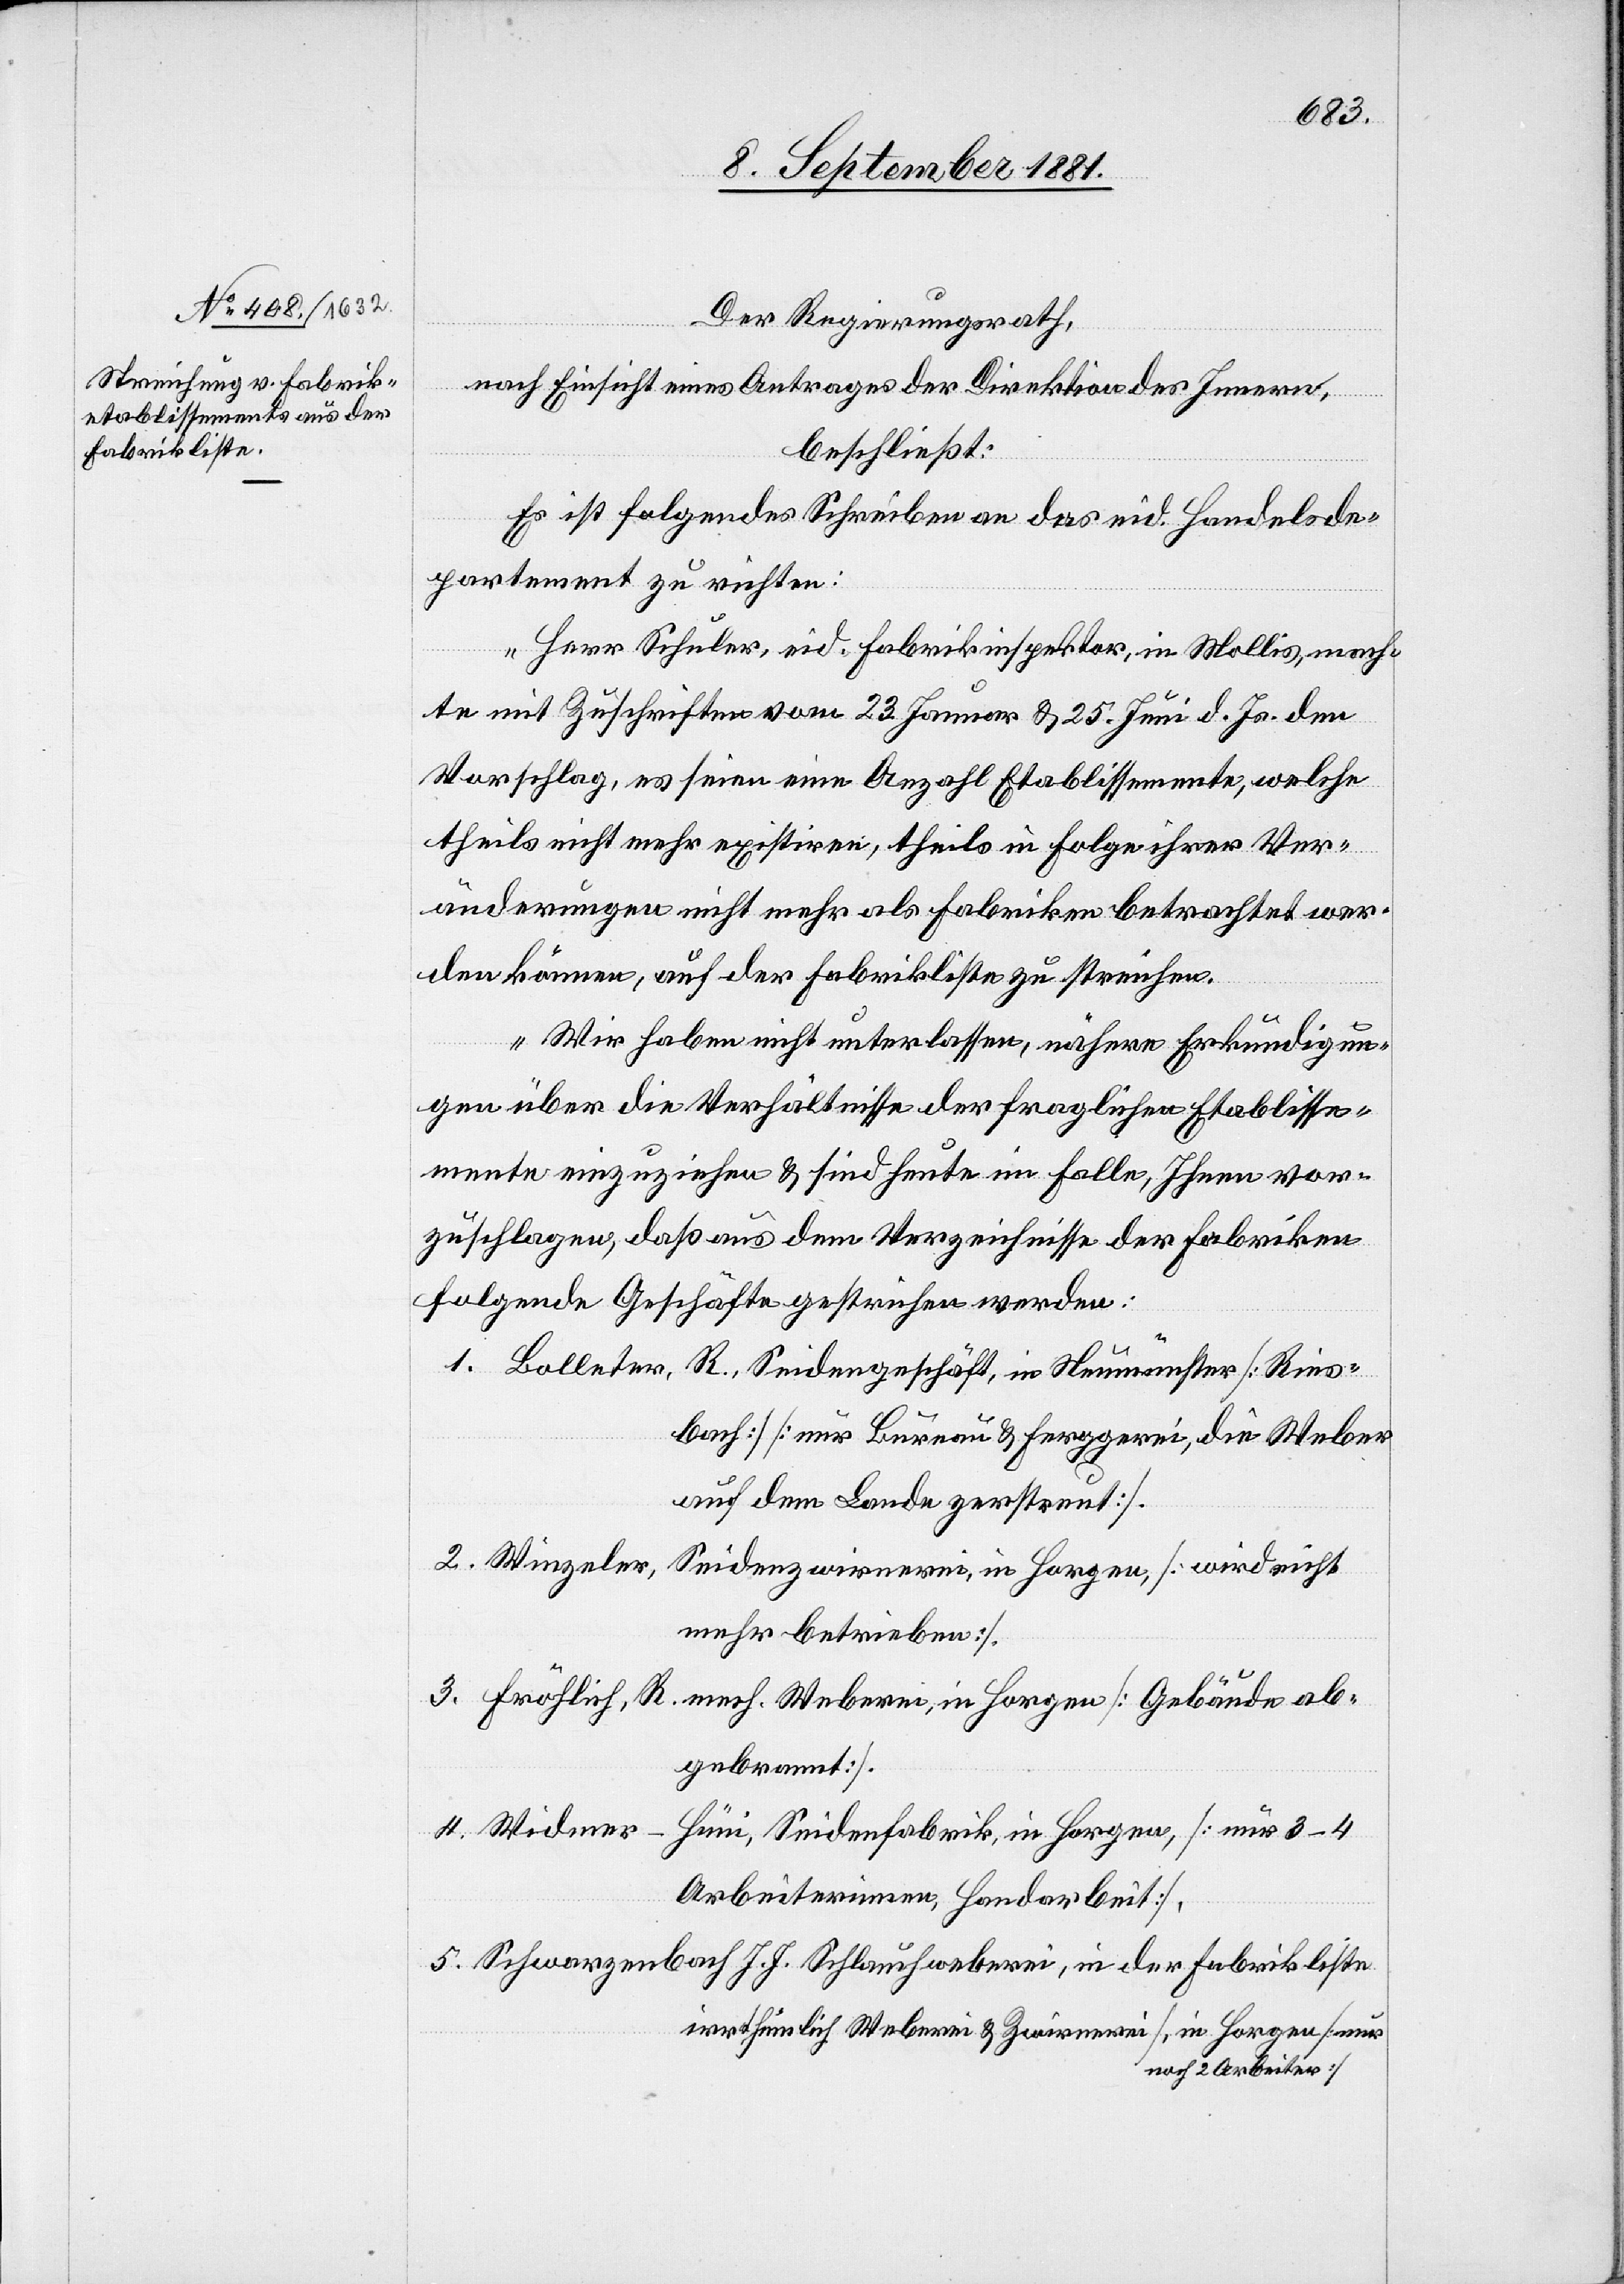
Fabrikliste

4.
Der Regierungsrath,
nach Einsicht eines Antrages der Direktion des Innern,
beschließt:
Es ist folgendes Schreiben an das eid. Handelsde¬
partement zu richten:
„Herr Schuler, eid. Fabrikinspektor, in Mollis, mach¬
te mit Zuschriften vom 23. Januar & 25. Juni d. Js. den
Vorschlag, es seien eine Anzahl Etablissemente, welche
theils nicht mehr existiren, theils in Folge ihrer Ver¬
änderungen nicht mehr als Fabriken betrachtet wer¬
den können, auf der Fabrikliste zu streichen.
Wir haben nicht unterlassen, nähere Erkundigun¬
gen über die Verhältnisse der fraglichen Etablisse¬
mente einzuziehen & sind heute im Falle, Ihnen vor¬
zuschlagen, daß aus dem Verzeichnisse der Fabriken
folgende Geschäfte gestrichen werden:
bach] [nur Bureau & Ferggerei, die Weber
auf dem Lande gestreut].
Seidenzwirnerei, in Horgen [wird nicht
mehr betrieben].
abgebrannt].
Seidenfabrik, in Horgen, [nur 3–4
Arbeiterinnen, Handarbeit].
irrthümlich Weberei & Zwirnerei [ [sic!] ,in Horgen [nur
noch 2 Arbeiter]